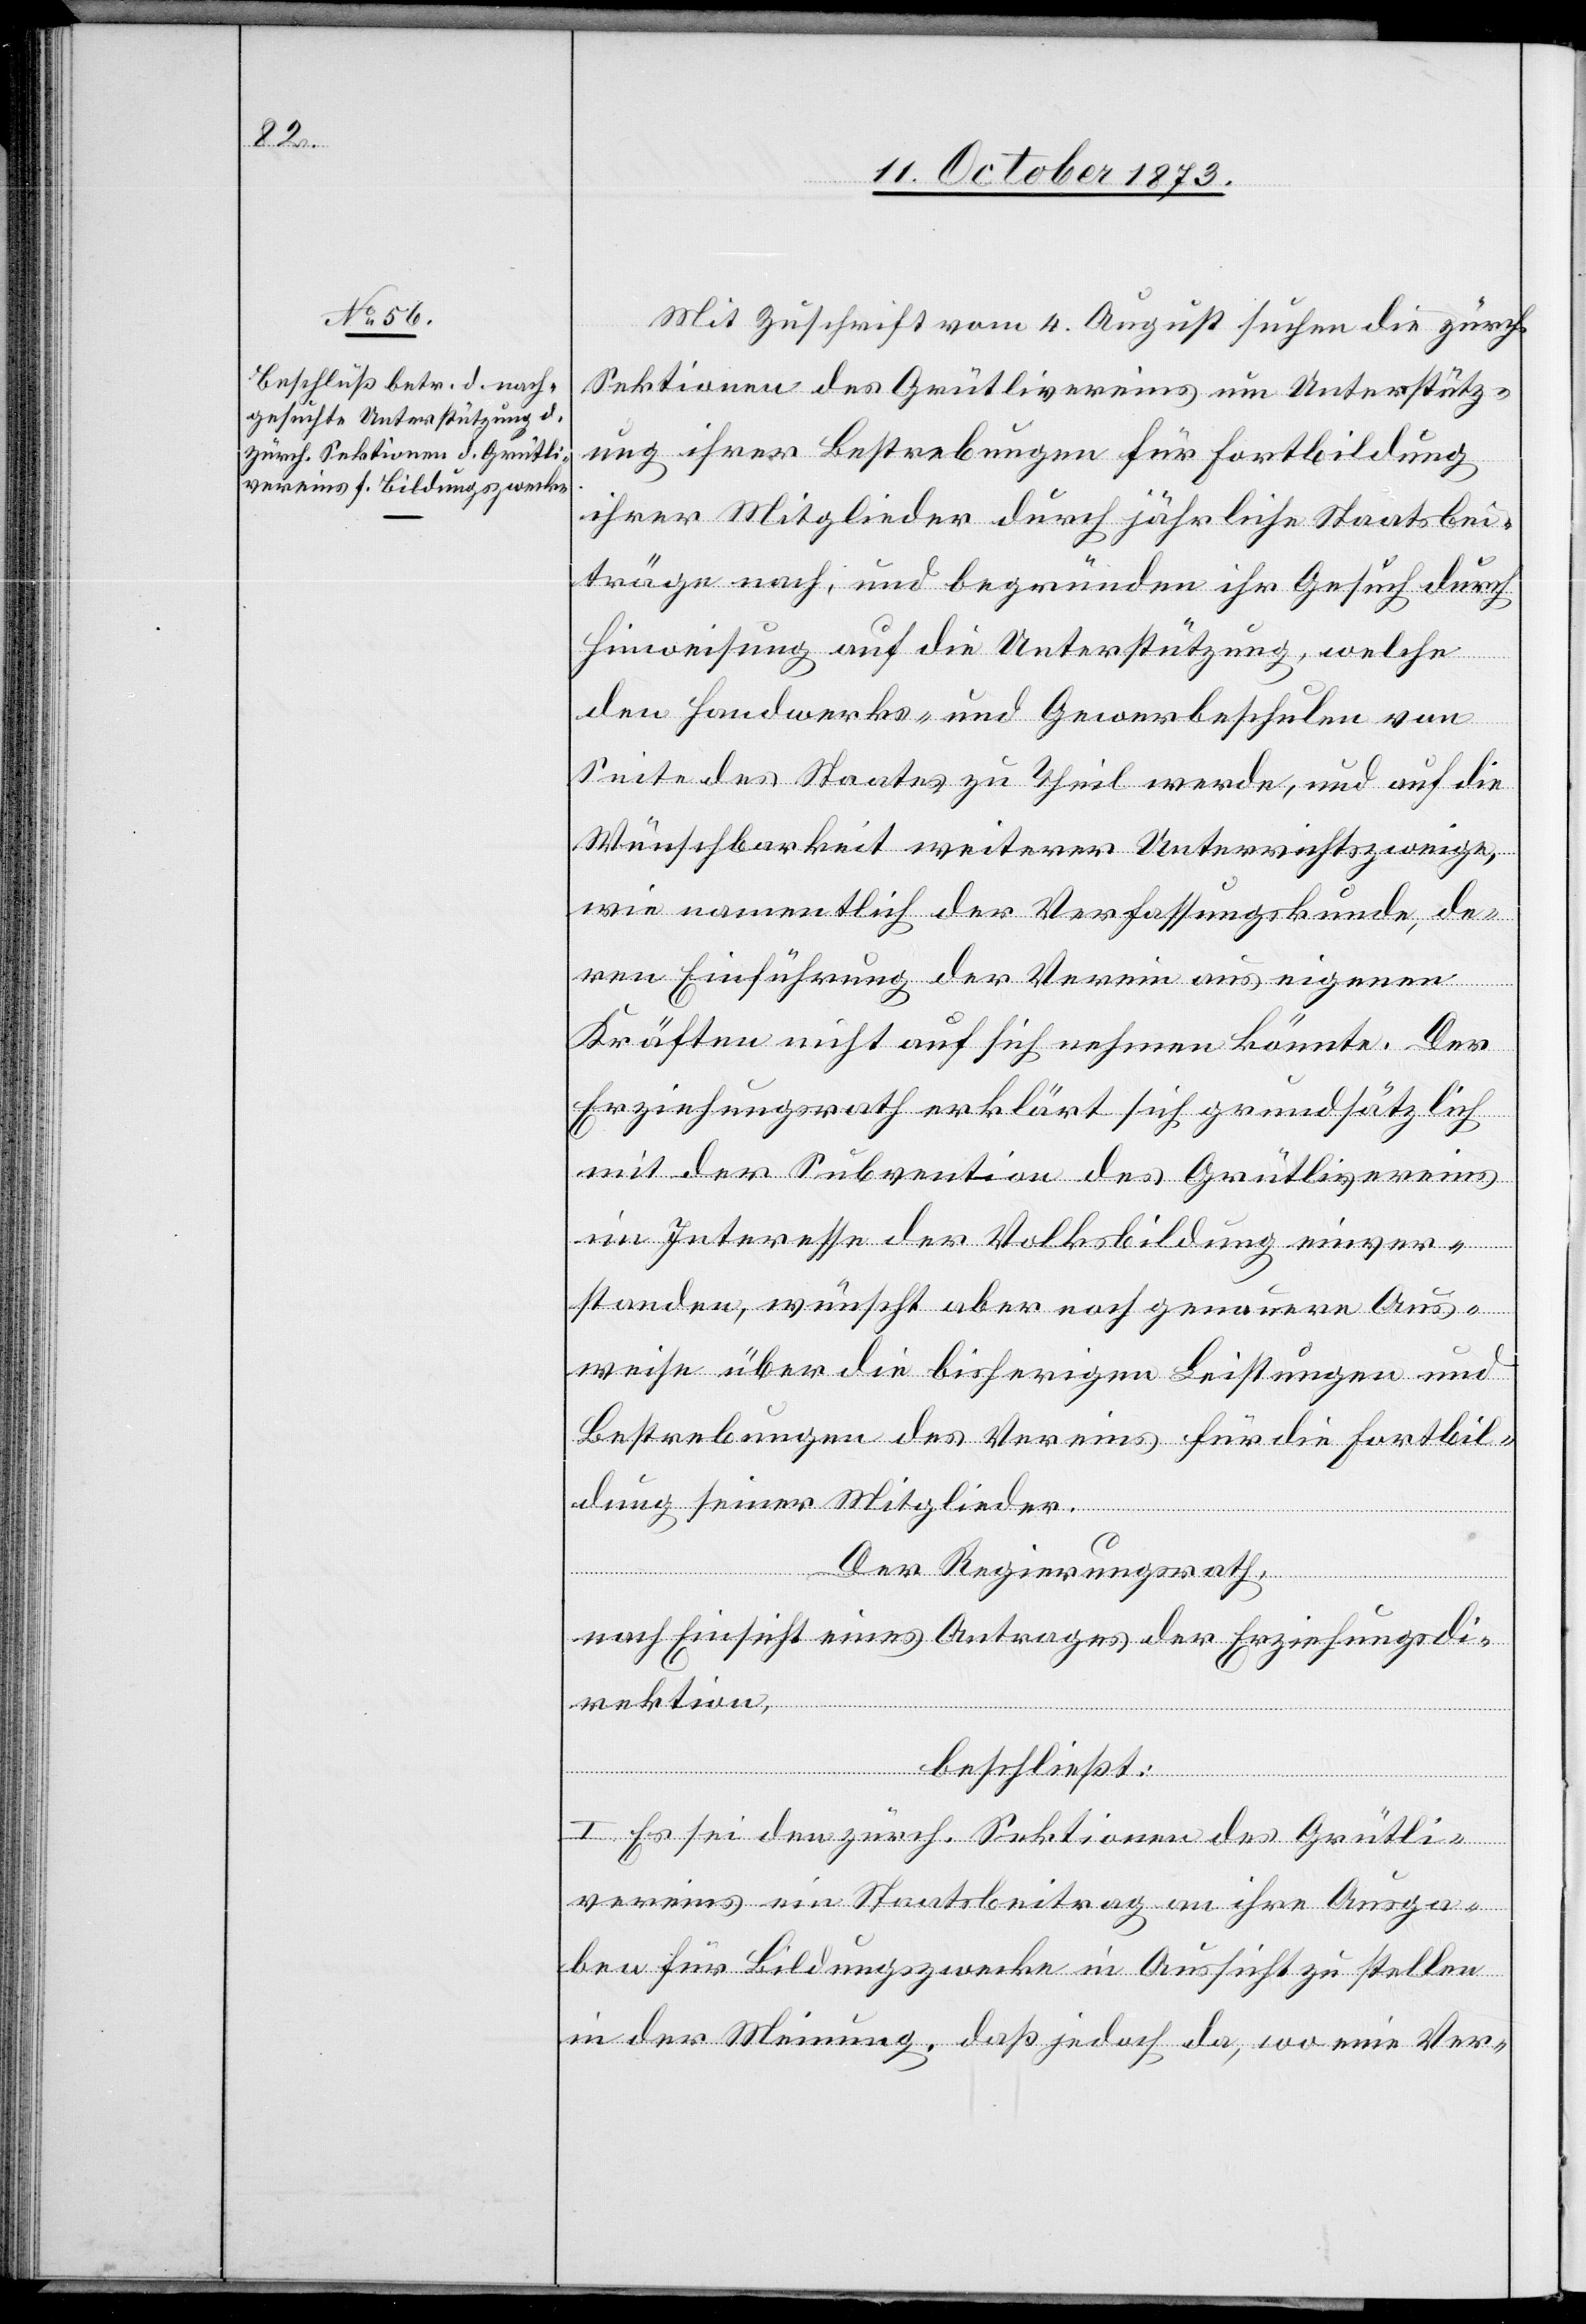
Mit Zuschrift vom 4. August suchen die zürch.
Sektionen des Grütlivereins um Unterstütz¬
ung ihrer Bestrebungen für Fortbildung
ihrer Mitglieder durch jährliche Staatsbei¬
träge nach; und begründen ihr Gesuch durch
Hinweisung auf die Unterstützung, welche
den Handwerks- und Gewerbeschulen von
Seite des Staates zu Theil werde, und auf die
Wünschbarkeit weiterer Unterrichtszweige,
wie namentlich der Verfassungskunde, de¬
ren Einführung der Verein aus eigenen
Kräften nicht auf sich nehmen könnte. Der
Erziehungsrath erklärt sich grundsätzlich
mit der Subvention des Grütlivereins
im Interesse der Volksbildung einver¬
standen, wünscht aber noch genauere Aus¬
weise über die bisherigen Leistungen und
Bestrebungen des Vereins für die Fortbil¬
dung seiner Mitglieder.
Der Regierungsrath,
nach Einsicht eines Antrages der Erziehungsdi¬
rektion,
beschließt:
1. Es sein den zürch. Sektionen des Grütli¬
vereins ein Staatsbeitrag an ihre Ausga¬
ben für Bildungszwecke in Aussicht zu stellen
in der Meinung, daß jedoch da, wo eine Ver-